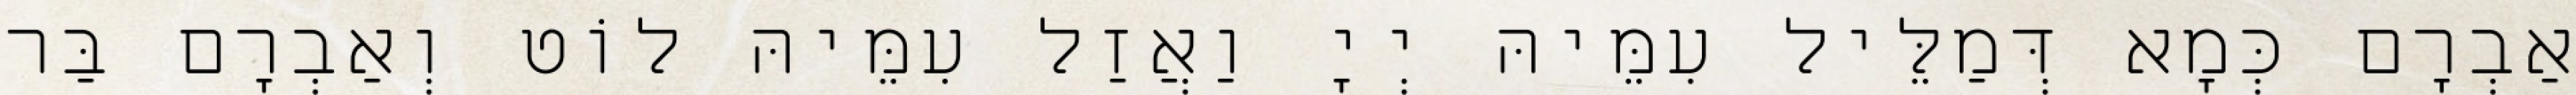
אַבְרָם כְּמָא דְּמַלֵּיל עִמֵּיהּ יְיָ וַאֲזַל עִמֵּיהּ לוֹט וְאַבְרָם בַּר